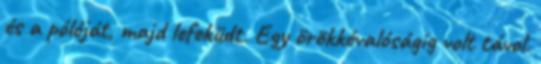
és a pólóját, majd lefeküdt. Egy örökkévalóságig volt távol.